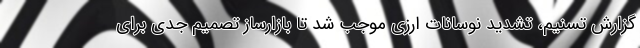
گزارش تسنیم، تشدید نوسانات ارزی موجب شد تا بازارساز تصمیم جدی برای